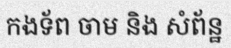
កងទ័ព ចាម និង សំព័ន្ឋ